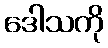
ဒေါသကို